Leaving Certificate Examination, 1906
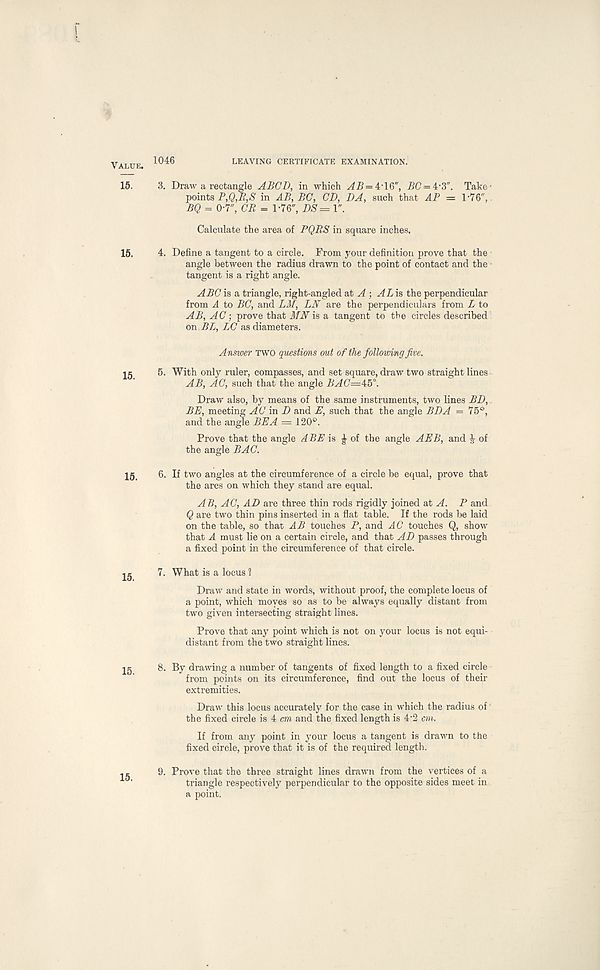
1046
LEAVING CERTIFICATE EXAMINATION.
3. Draw a rectangle ABCD, in which = i 50 = 4-3". Take-
points P,Q,R,S in AB, BC, CD, DA, such that AP = 1-76",.
BQ = 0-7", CR = 1-76", DS= 1".
Calculate the area of PQRS in square inches.
4. Define a tangent to a circle. From your definition prove that the
angle between the radius drawn to the point of contact and the
tangent is a right angle.
ABC is a triangle, right-angled at A ; AL is the perpendicular
from A to BC, and LM, LN are the perpendiculars from L to
AB, AC; prove that MJV is a tangent to the circles described
on BL, LC as diameters.
Answer TWO questions out of the following five.
5. With only ruler, compasses, and set square, draw two straight lines
AB, AC, such that the angle BAC=ib°.
Draw also, by means of the same instruments, two lines BD,
BE, meeting AC in D and E, such that the angle BDA = 75°,
and the angle BE A = 120°.
Prove that the angle ABE is £ of the angle AEB, and j of
the angle BAG.
6. If two angles at the circumference of a circle be equal, prove that
the arcs on which they stand are equal.
A B, AC, AD are three thin rods rigidly joined at A. P and
Q are two thin pins inserted in a flat table. If the rods be laid
on the table, so that AB touches P, and AC touches Q, show
that A must lie on a certain circle, and that AD passes through
a fixed point in the circumference of that circle.
7. What is a locus 1
Draw and state in words, without proof, the complete locus of
a point, which moves so as to be always equally distant from
two given intersecting straight lines.
Prove that any point which is not on your locus is not equi-
distant from the two straight lines.
8. By drawing a number of tangents of fixed length to a fixed circle
from points on its circumference, find out the locus of their
extremities.
Draw this locus accurately for the case in which the radius of
the fixed circle is 4 cm and the fixed length is 4-2 cm.
If from any point in your locus a tangent is drawn to the
fixed circle, prove that it is of the required length.
9. Prove that the three straight lines drawn from the vertices of a
triangle respectively perpendicular to the opposite sides meet in
a point.